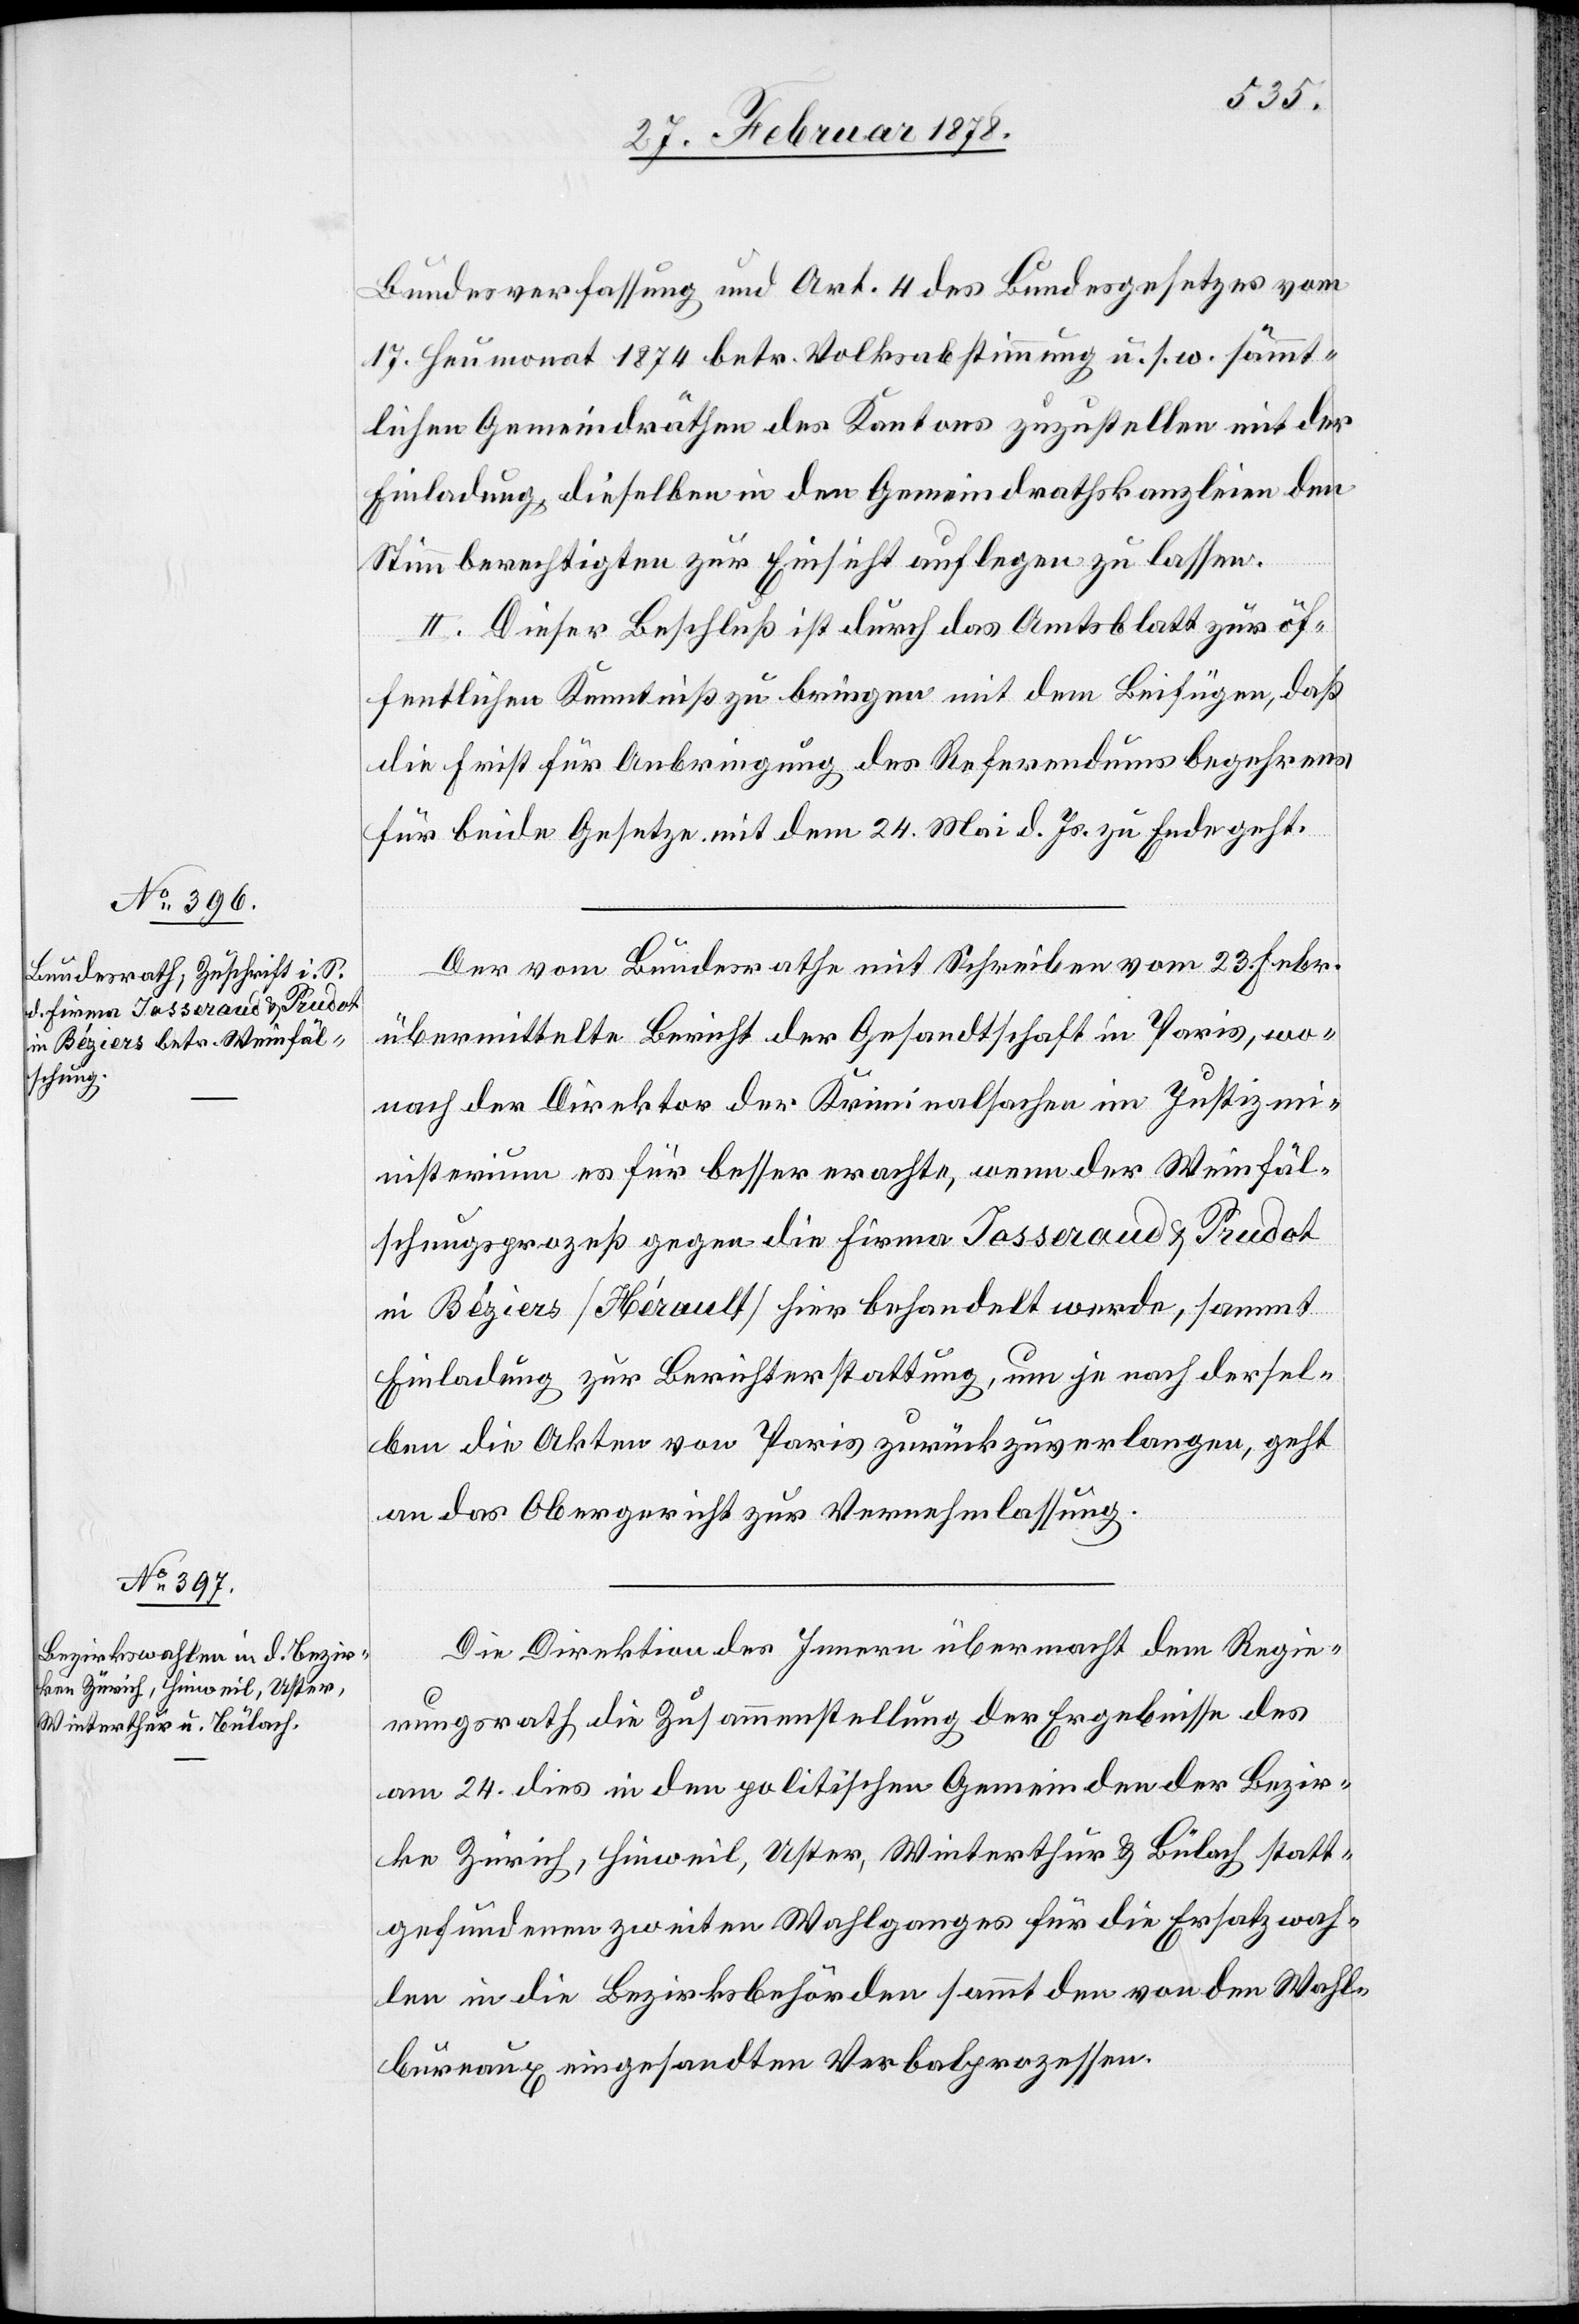
27. Februar 1878.]
Bundesverfassung und Art. 4 des Bundesgesetzes vom
17. Heumonat 1874 betr. Volksabstimmung u. s. w. sämmt¬
lichen Gemeindräthen des Kantons zuzustellen mit der
Einladung dieselben in den Gemeindrathskanzleien den
Stimmberechtigten zur Einsicht auflegen zu lassen.
II. Dieser Beschluß ist durch das Amtsblatt zur öf¬
fentlichen Kenntniß zu bringen mit dem Beifügen, daß
die Frist für Anbringung des Referendumsbegehrens
für beide Gesetze mit dem 24. Mai d. Js. zu Ende geht.
Der vom Bundesrathe mit Schreiben vom 23. Febr.
übermittelte Bericht der Gesandtschaft in Paris, wo¬
nach der Direktor der Kriminalsachen im Justizm¬
inisterium es für besser erachte, wenn der Weinfäl¬
schungsprozeß gegen die Firma Josserand & Prudot
in Bégiers (Hérault) hier behandelt werde, sammt
Einladung zur Berichterstattung, um je nach dersel¬
ben die Akten von Paris zurückzuverlangen, geht
an das Obergericht zur Vernehmlassung.
Die Direktion des Innern übermacht dem Regie¬
rungsrath die Zusammenstellung der Ergebnisse des
am 24. dies in den politischen Gemeinden der Bezir¬
ke Zürich, Hinweil, Uster, Winterthur & Bülach statt¬
gefundenen zweiten Wahlganges für die Ersatzwah¬
len in die Bezirksbehörden sammt den von den Wahl¬
bureaux eingesandten Verbalprozessen.